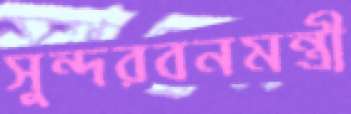
সুন্দরবনমন্ত্রী